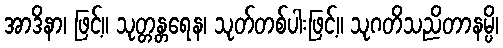
အာဒိနာ၊ ဖြင့်။ သုတ္တန္တရေန၊ သုတ်တစ်ပါးဖြင့်။ သုဂတိသညိတာနမ္ပိ၊